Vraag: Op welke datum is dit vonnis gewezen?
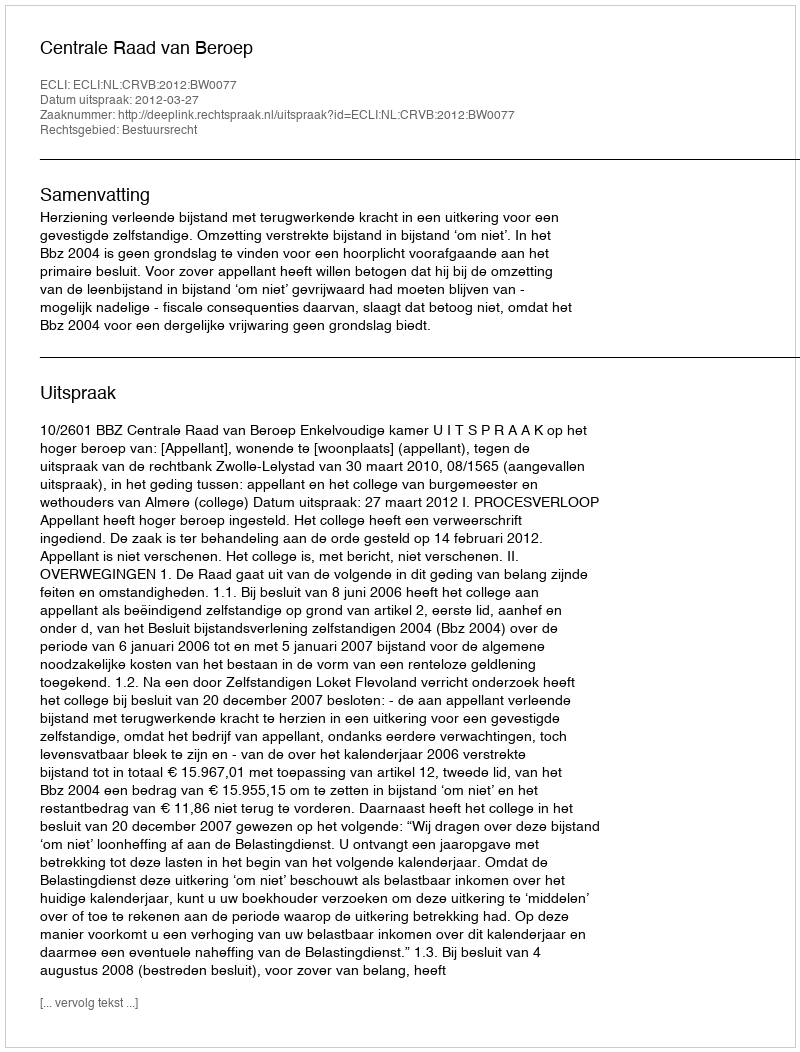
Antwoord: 2012-03-27